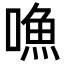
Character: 𠽐